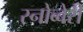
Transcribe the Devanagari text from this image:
स्नोब्बेरी